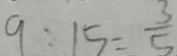
9 : 1 5 = \frac { 3 } { 5 }